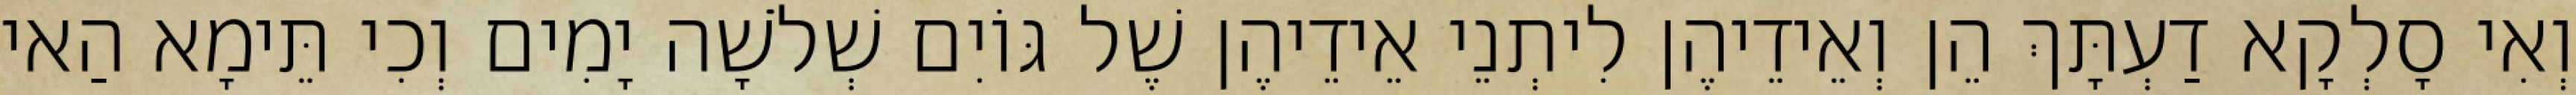
וְאִי סָלְקָא דַעְתָּךְ הֵן וְאֵידֵיהֶן לִיתְנֵי אֵידֵיהֶן שֶׁל גּוֹיִם שְׁלֹשָׁה יָמִים וְכִי תֵּימָא הַאי